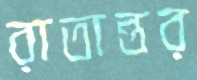
রাতান্তর